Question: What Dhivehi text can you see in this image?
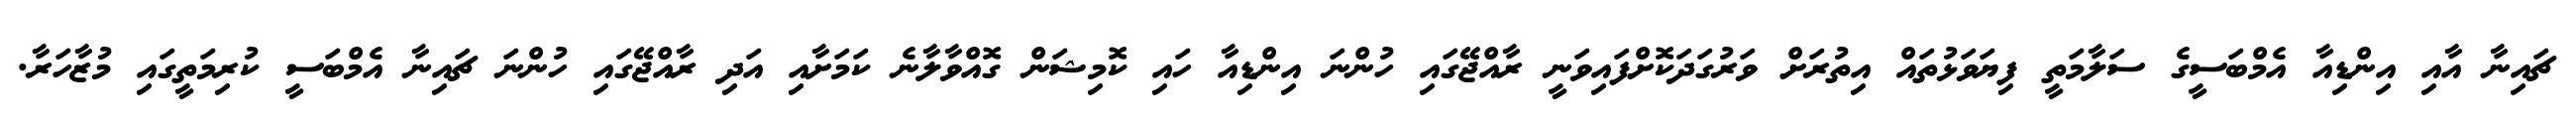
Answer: ޗައިނާ އާއި އިންޑިއާ އެމްބަސީގެ ސަލާމަތީ ފިޔަވަޅުތައް އިތުރަށް ވަރުގަދަކޮށްފައިވަނީ ރާއްޖޭގައި ހުންނަ އިންޑިއާ ހައި ކޮމިޝަން ގޮއްވާލާނެ ކަމަށާއި އަދި ރާއްޖޭގައި ހުންނަ ޗައިނާ އެމްބަސީ ކުރިމަތީގައި މުޒާހަރާ.